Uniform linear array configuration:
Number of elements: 24
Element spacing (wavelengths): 1
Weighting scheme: exponential
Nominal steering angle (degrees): -60
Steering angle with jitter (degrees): -60.246
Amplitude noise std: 0.05
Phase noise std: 0.05

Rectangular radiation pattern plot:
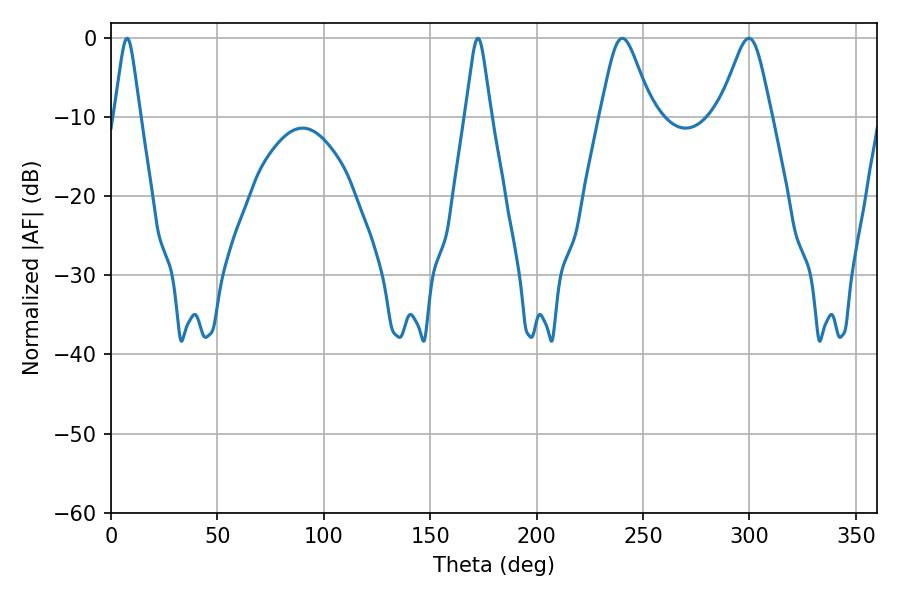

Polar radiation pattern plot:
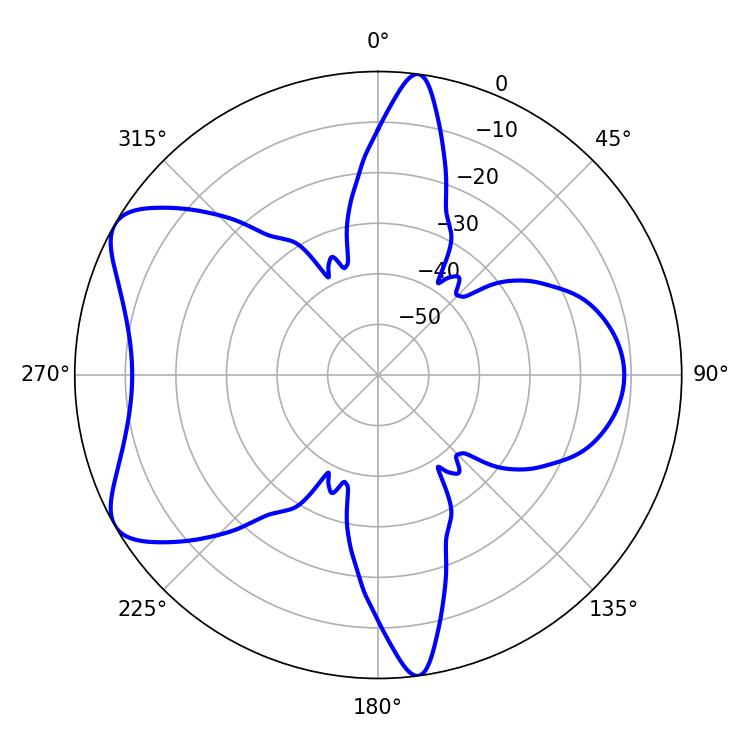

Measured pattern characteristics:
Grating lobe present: TRUE
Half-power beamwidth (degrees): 5.76
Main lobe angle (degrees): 172.44